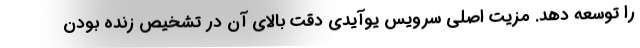
را توسعه دهد. مزیت اصلی سرویس یوآیدی دقت بالای آن در تشخیص زنده بودن